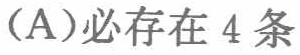
(A)必存在 4 条